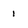
Character: 1